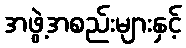
အဖွဲ့အစည်းများနှင့်